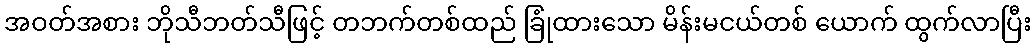
အဝတ်အစား ဘိုသီဘတ်သီဖြင့် တဘက်တစ်ထည် ခြုံထားသော မိန်းမငယ်တစ် ယောက် ထွက်လာပြီး